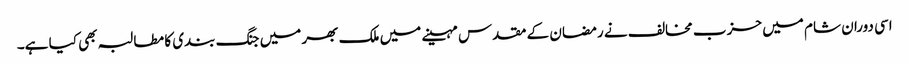
اسی دوران شام میں حزب مخالف نے رمضان کے مقدس مہینے میں ملک بھر میں جنگ بندی کا مطالبہ بھی کیا ہے۔